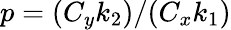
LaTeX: p=(C_{y}k_{2})/(C_{x}k_{1})